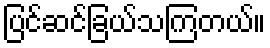
ပြင်ဆင်ခြယ်သကြတယ်။